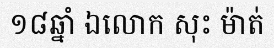
១៨ឆ្នាំ ឯលោក សុះ ម៉ាត់